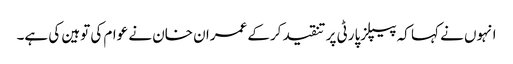
انہوں نے کہا کہ پیپلزپارٹی پر تنقید کرکے عمران خان نے عوام کی توہین کی ہے۔